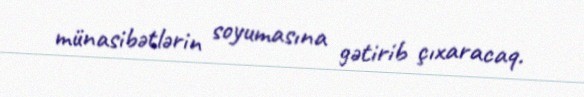
münasibətlərin soyumasına gətirib çıxaracaq.